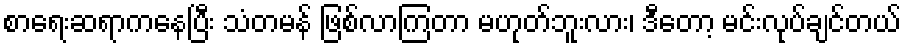
စာရေးဆရာကနေပြီး သံတမန် ဖြစ်လာကြတာ မဟုတ်ဘူးလား၊ ဒီတော့ မင်းလုပ်ချင်တယ်